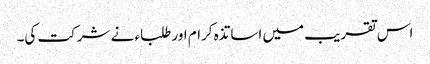
اس تقریب میں اساتذہ کرام اور طلباء نے شرکت کی۔